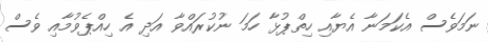
ނަމަވެސް އެކަމަނާ އެޔާއި ހިތްޕުޅާ ހަމަ ނުކުރައްވާ އަދި އެ ހިއްޕެވުމާއި ވެސް